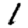
Digit: 1